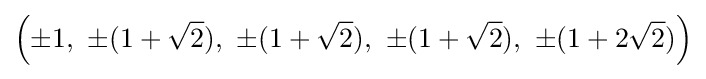
\left(\pm 1,\ \pm (1+{\sqrt {2}}),\ \pm (1+{\sqrt {2}}),\ \pm (1+{\sqrt {2}}),\ \pm (1+2{\sqrt {2}})\right)